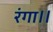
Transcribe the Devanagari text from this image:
रंगा।।